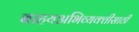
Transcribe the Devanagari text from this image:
बाहयअभिव्यक्‍तीसाठी